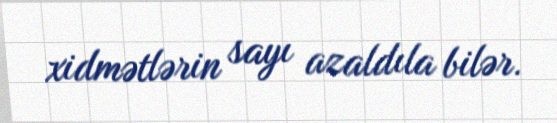
xidmətlərin sayı azaldıla bilər.